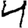
Digit: 4